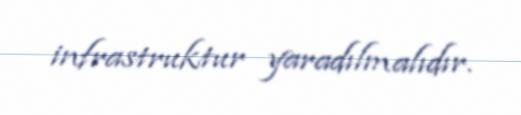
infrastruktur yaradılmalıdır.